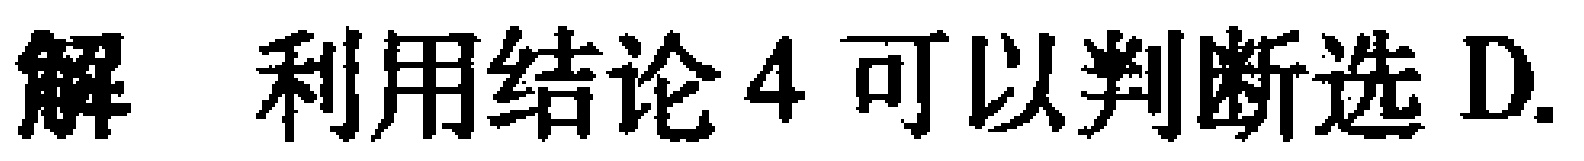
解 利用结论4可以判断选D.